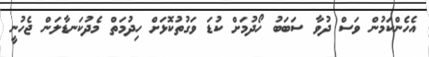
އެހެންކަމުން ވަސް ދުވާ ސަބަބު ހޯދުމަށް ކުޑަ ވަގުތުކޮޅަށް ހިދުމަތް މެދުކަނޑާލަން ޖެހުނީ